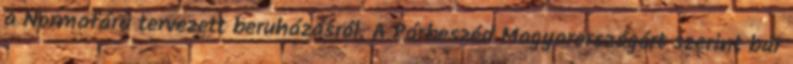
a Normafára tervezett beruházásról. A Párbeszéd Magyarországért szerint bár